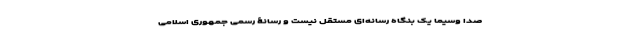
صدا وسیما یک بنگاه رسانه‌ای مستقل نیست و رسانۀ رسمی جمهوری اسلامی